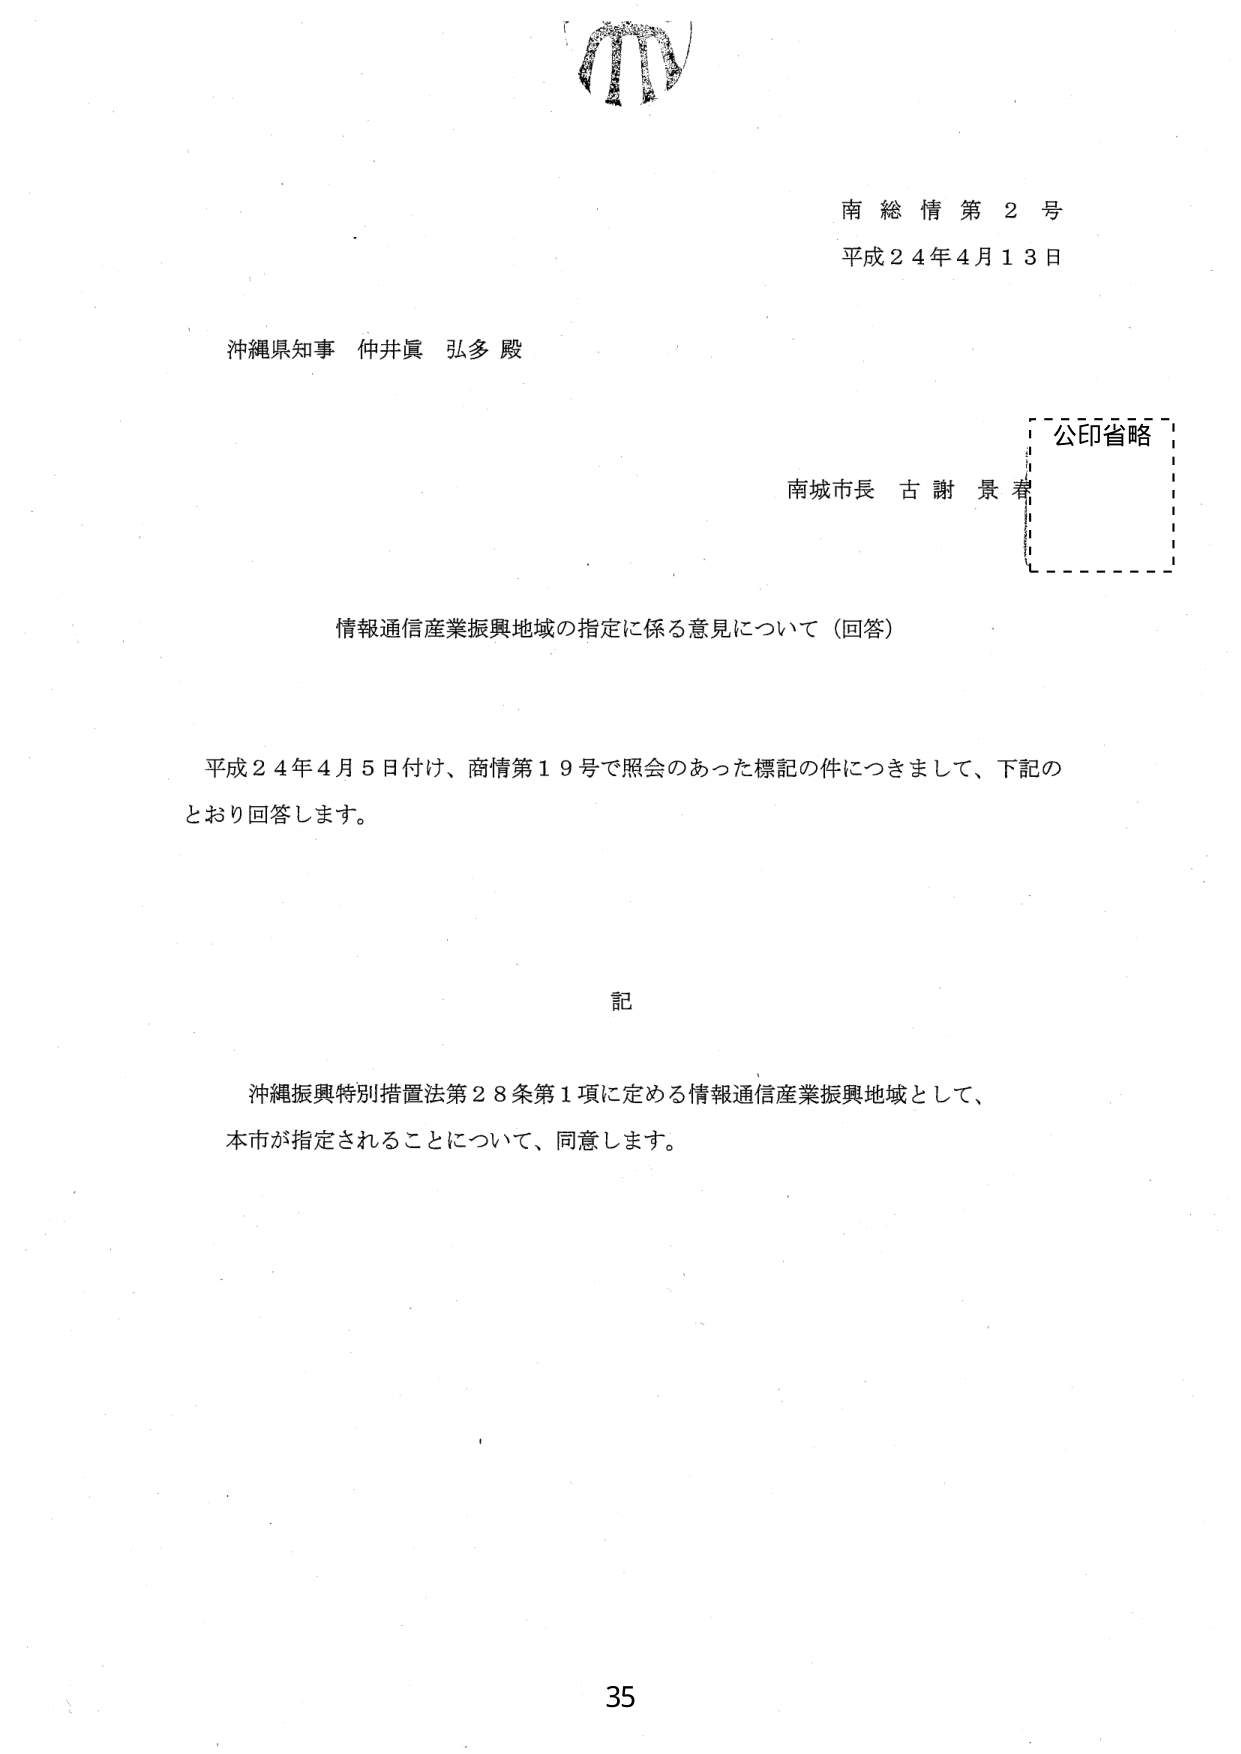
南総情第2号
平成24年4月13日

沖縄県知事 仲井眞 弘多 殿

南城市長 古謝 景春
公印省略

情報通信産業振興地域の指定に係る意見について（回答）

平成24年4月5日付け、商情第19号で照会のあった標記の件につきまして、下記のとおり回答します。

記

沖縄振興特別措置法第28条第1項に定める情報通信産業振興地域として、
本市が指定されることについて、同意します。

35